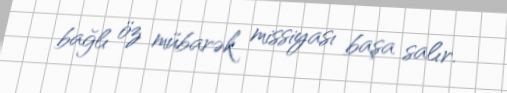
bağlı öz mübarək missiyası başa salır.